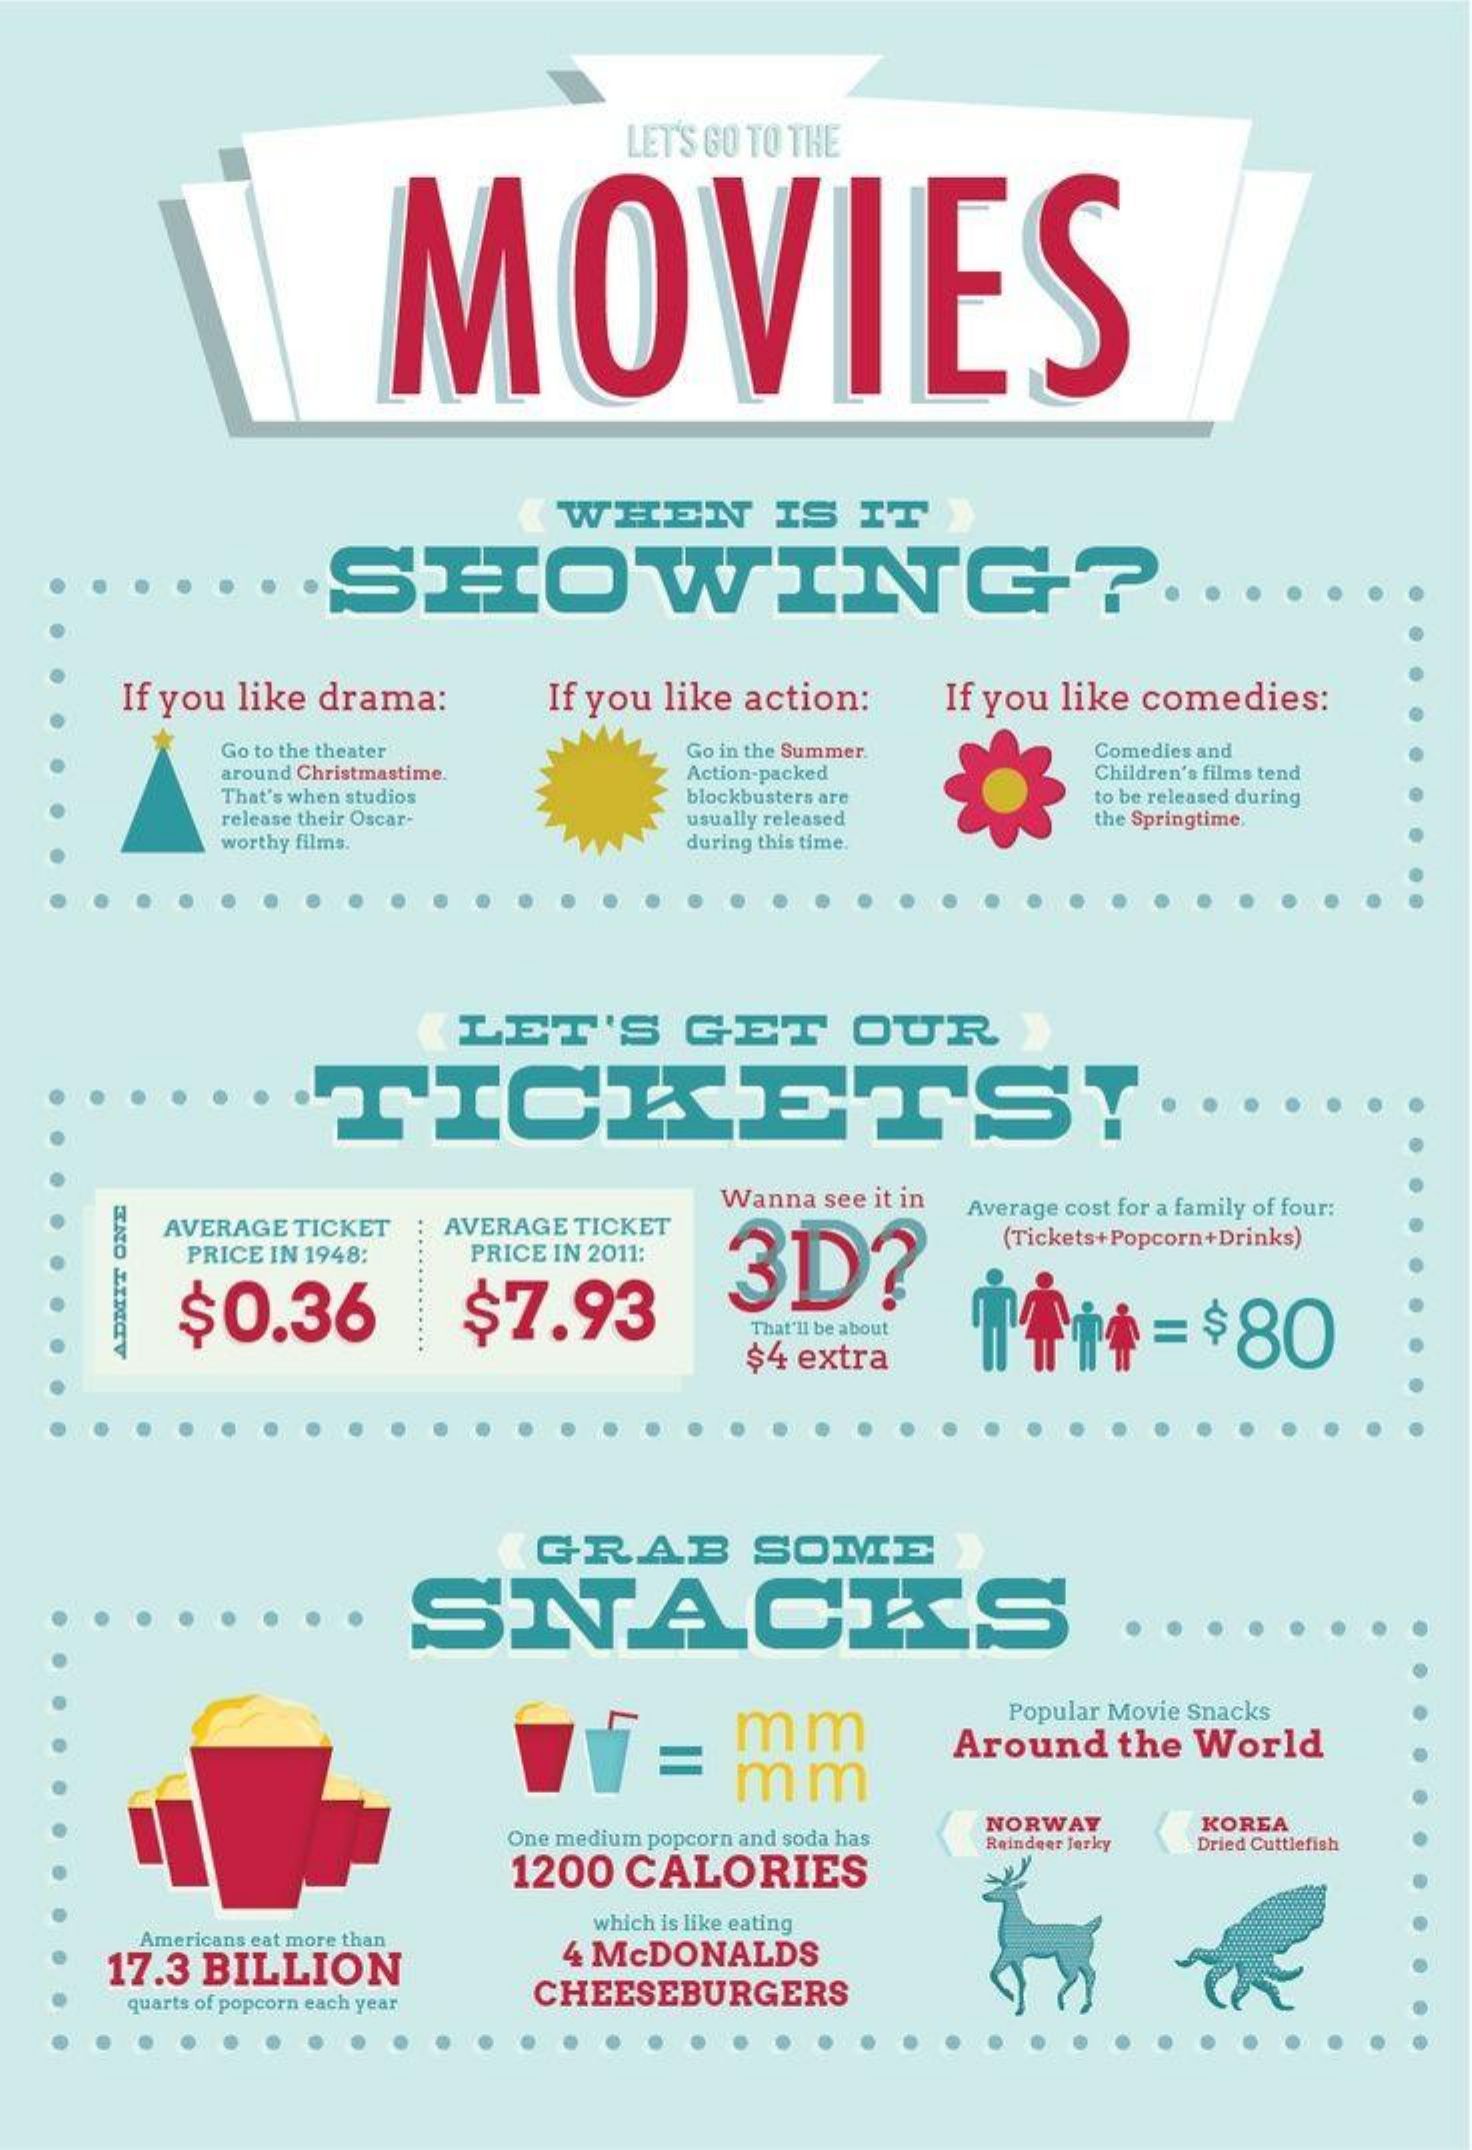
LET'S GO TO THE
     MOVIES
     (WHEN    IS  IT  )
     .SHOWING    ?.
     If you like drama:  If you like action: If you like comedies:
     Go to the theater    Go in the Summer.  Comedies and
     around Christmastime  Action-packed    Children's films tend
     That's when studios   blockbusters are
     usually released
     to be released during
     release their Oscar-    the Springtime,
     worthy films.    during this time.
     LET'S    GET    OUR
     TICKETST
     Wanna see it in
     AVERAGE TICKET AVERAGE TICKET
     3D?
     Average cost for a family of four:
     PRICE IN 1948: PRICE IN 2011:
     (Tickets+Popcorn+Drinks)
     $0.36    $7.93    = $80 That'll be about
     $4 extra
     ADMIT
     ONE
     GRAB    SOME
     SNACKS
     mm
     Popular Movie Snacks
     mm
     Around the World
     One medium popcorn and soda has
     NORWAY    KOREA
     1200  CALORIES
     Reindeer Jerky Dried Cuttlefish
     Americans eat more than
     which is like eating
     17.3 BILLION    4 McDONALDS
     quarts of popcorn each year
     CHEESEBURGERS